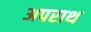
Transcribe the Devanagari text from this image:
अपराथ